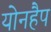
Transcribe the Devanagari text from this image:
योनहैप